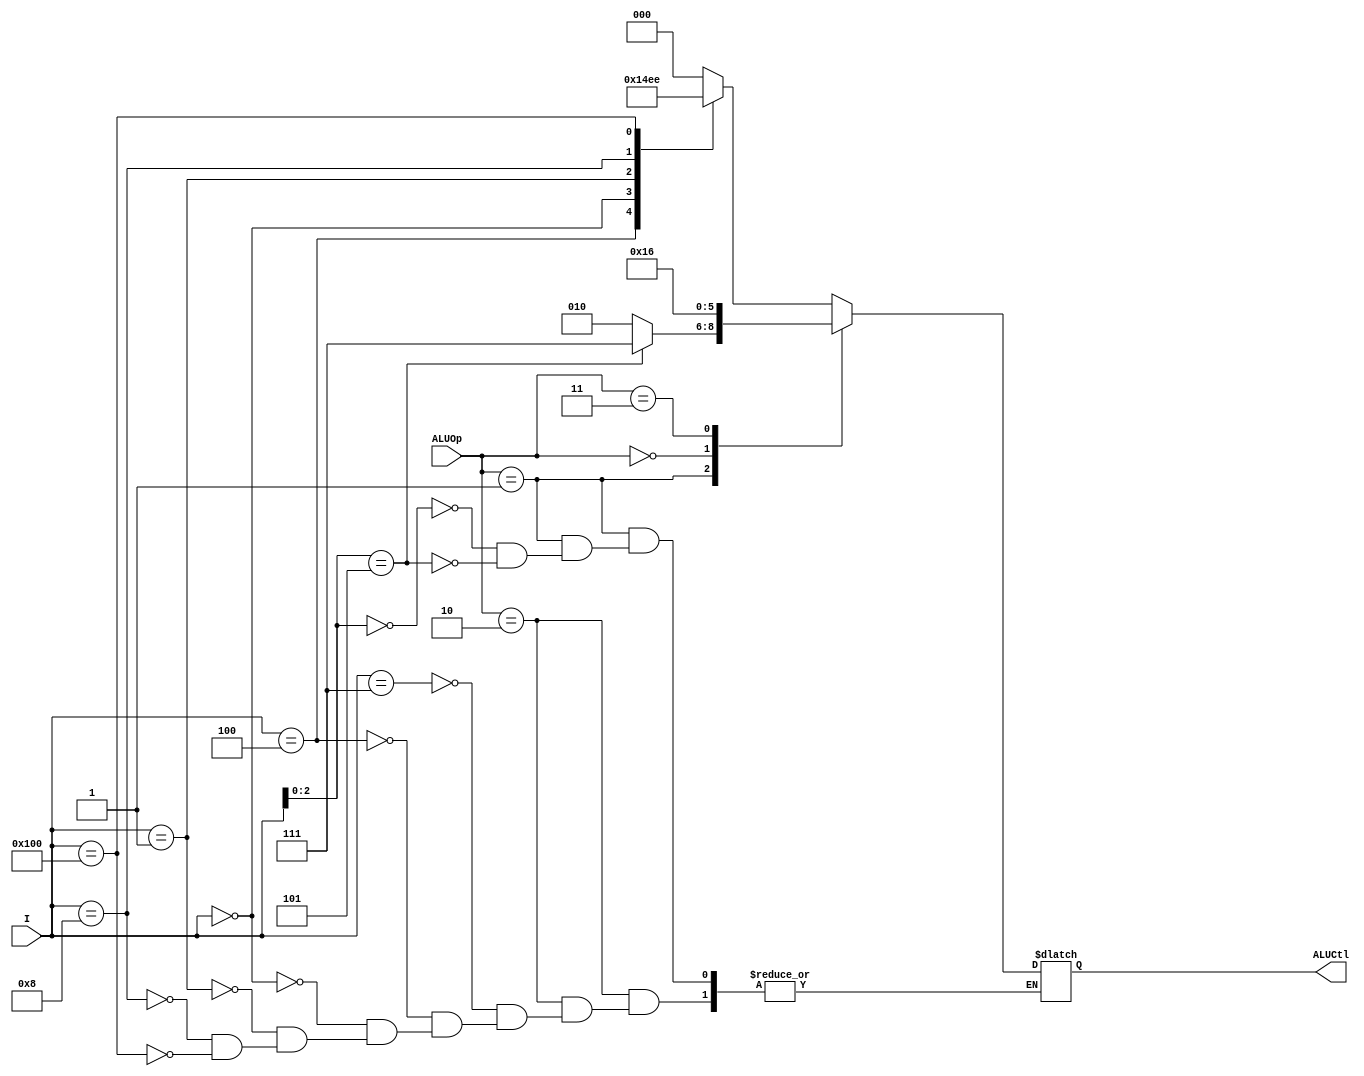
module ALU_Control (ALUOp, I, ALUCtl);

    input [1:0] ALUOp;
    input [9:0] I;
    output reg [2:0] ALUCtl;

    initial begin
        ALUCtl = 3'b000;
    end

    always @(*) begin
        case (ALUOp)
            2'b10: begin
                case (I)
                    10'b0000000111: ALUCtl = 3'b000; //and
                    10'b0000000100: ALUCtl = 3'b001; //xor
                    10'b0000000000: ALUCtl = 3'b010; //add
                    10'b0000000001: ALUCtl = 3'b011; //sll
                    10'b0000001000: ALUCtl = 3'b101; //mul
                    10'b0100000000: ALUCtl = 3'b110; //sub
                endcase
            end
            2'b01: begin
                case (I[2:0])
                    3'b000: ALUCtl = 3'b010; //addi
                    3'b101: ALUCtl = 3'b111; //srai
                endcase
            end
            2'b00: begin
                ALUCtl = 3'b010; //lw, sw
            end
            2'b11: begin
                ALUCtl = 3'b110; //beq
            end
        endcase
    end


endmodule